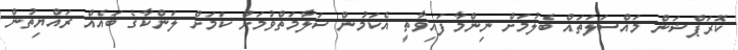
ކޮރަޕްޝަން މައްސަލަތައް ބެލުމަށް ނިންމާފައިވާތީ އެކަމުން ސަލާމަތްވުމަށް ކަމަށް ލަންކާގެ ބައެއް ރައްޔިތުން